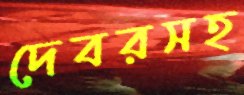
দেবরসহ